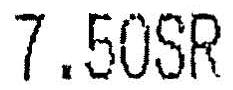
7.50SR